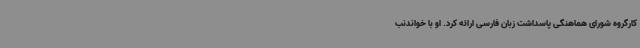
کارگروه شورای هماهنگی پاسداشت زبان فارسی ارائه کرد. او با خواندنب